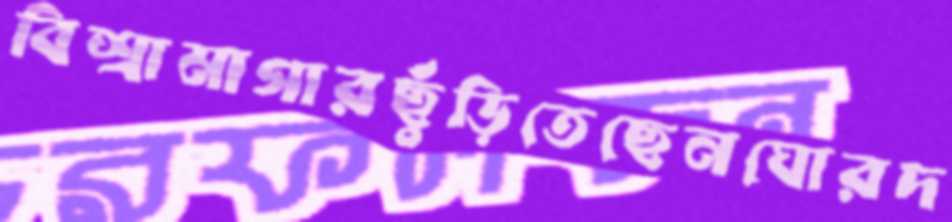
বিশ্রামাগারছুঁড়িতেছেনঘোরদ